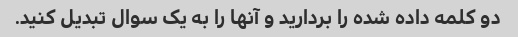
دو کلمه داده شده را بردارید و آنها را به یک سوال تبدیل کنید.